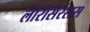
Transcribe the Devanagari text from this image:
लॉरोसेरसस